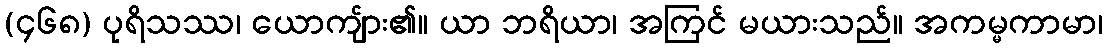
(၄၆၈) ပုရိသဿ၊ ယောကျ်ား၏။ ယာ ဘရိယာ၊ အကြင် မယားသည်။ အကမ္မကာမာ၊